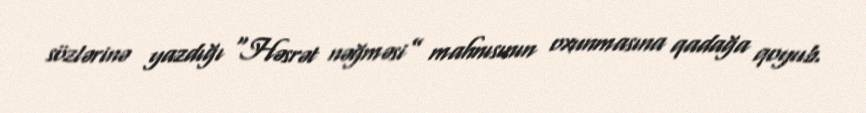
sözlərinə yazdığı “Həsrət nəğməsi” mahnısının oxunmasına qadağa qoyub.